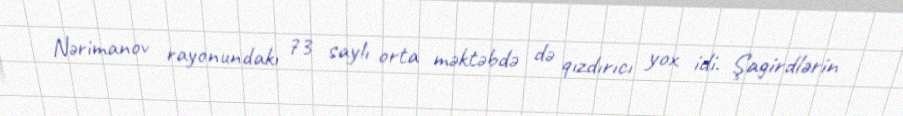
Nərimanov rayonundakı 73 saylı orta məktəbdə də qızdırıcı yox idi. Şagirdlərin